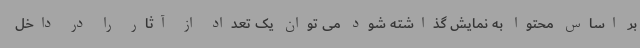
بر اساس محتوا به نمایش گذاشته شود می توان یک تعداد از آثار را در داخل